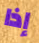
إذا